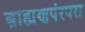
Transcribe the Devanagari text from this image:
ब्राह्मणपंरपरा